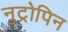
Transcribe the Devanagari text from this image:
नुट्रोपिन